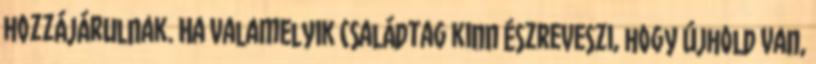
hozzájárulnak. Ha valamelyik családtag kinn észreveszi, hogy újhold van,